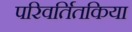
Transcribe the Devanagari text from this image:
परिवर्तितकिया